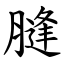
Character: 膖